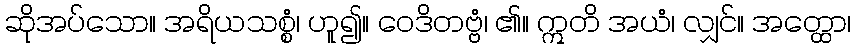
ဆိုအပ်သော။ အရိယသစ္စံ၊ ဟူ၍။ ဝေဒိတဗ္ဗံ၊ ၏။ ဣတိ အယံ၊ လျှင်။ အတ္ထော၊